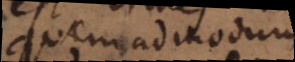
quemadmodum